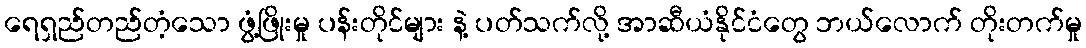
ရေရှည်တည်တံ့သော ဖွံ့ဖြိုးမှု ပန်းတိုင်များ နဲ့ ပတ်သက်လို့ အာဆီယံနိုင်ငံတွေ ဘယ်လောက် တိုးတက်မှု